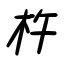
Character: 杵